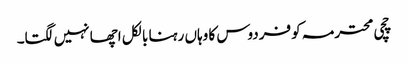
چچی محترمہ کو فردوس کا وہاں رہنا بالکل اچھا نہیں لگتا۔